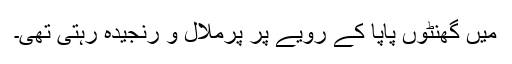
میں گھنٹوں پاپا کے رویے پر پُرملال و رنجیدہ رہتی تھی۔